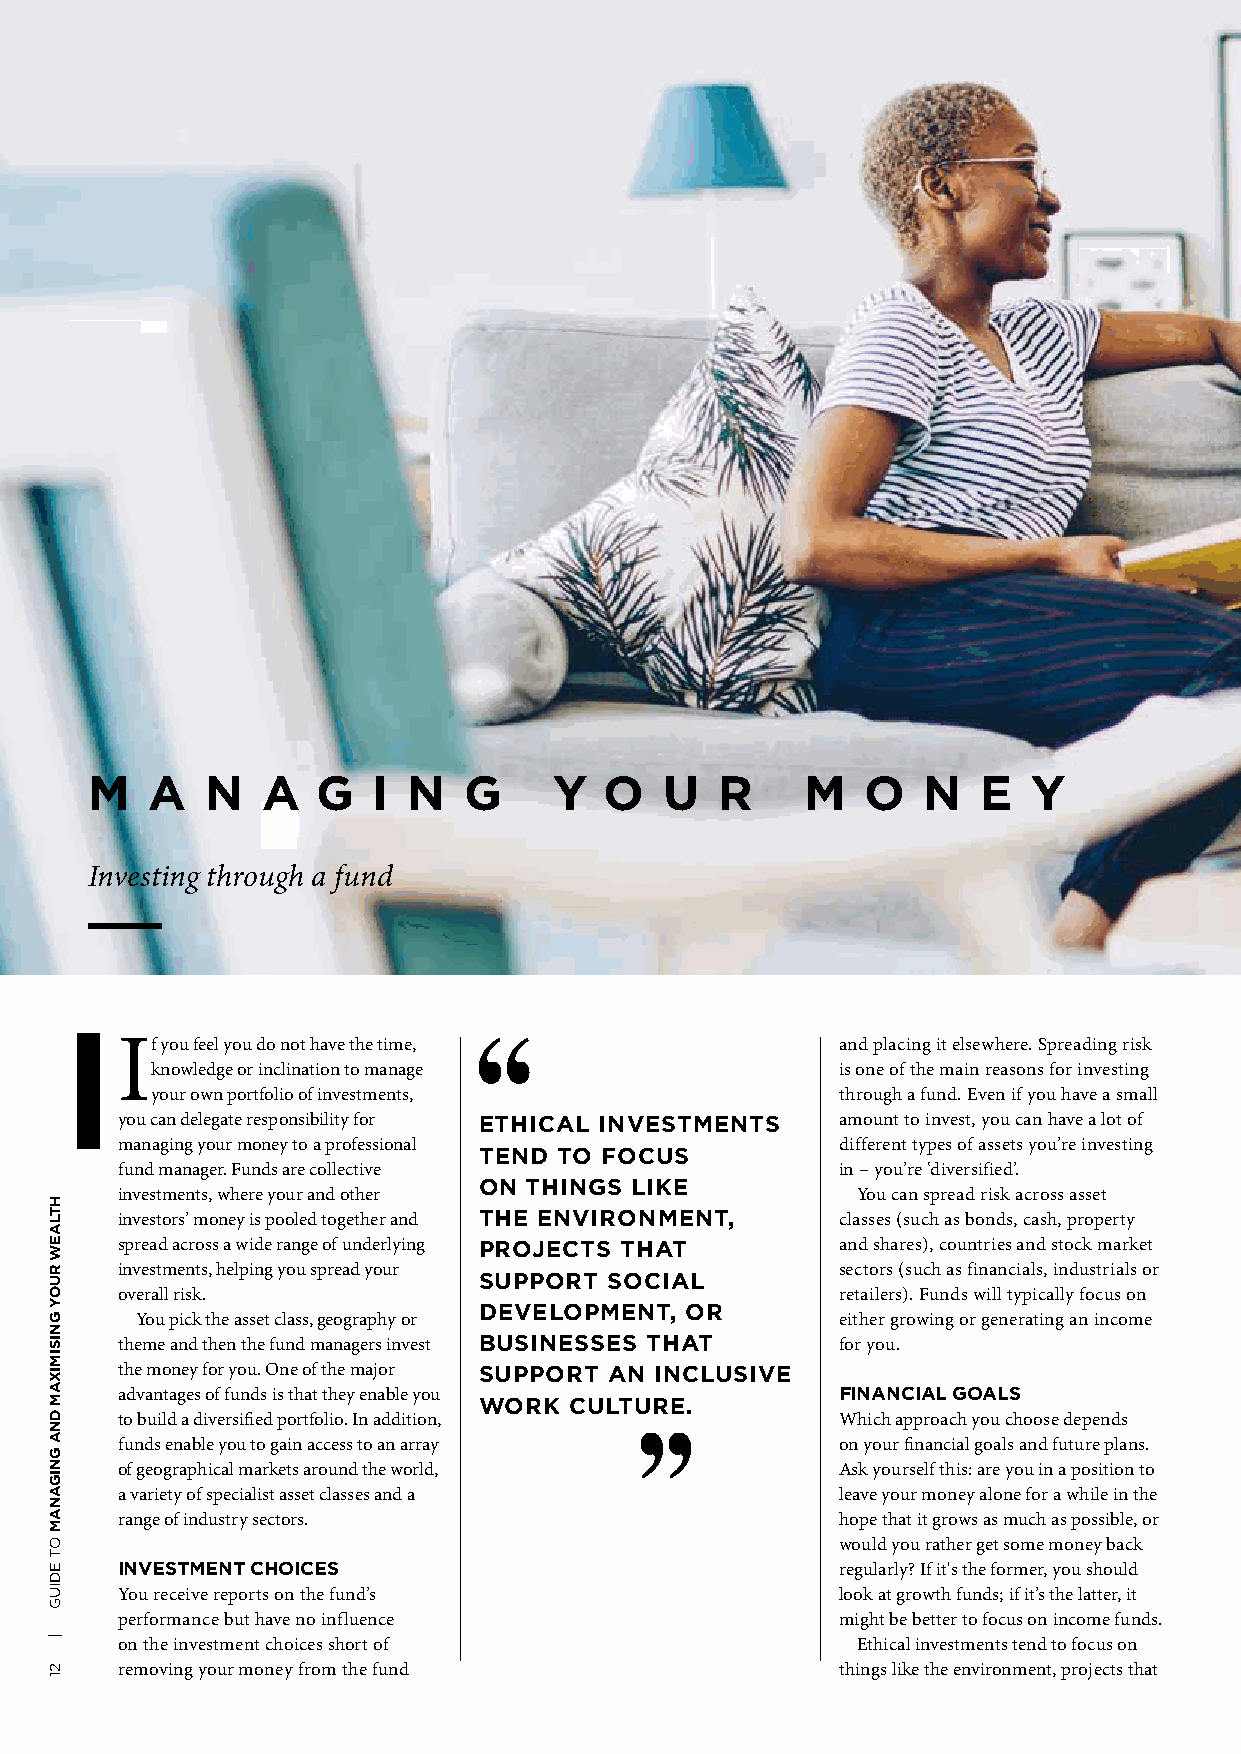
M   A   N  A   G   I N   G     Y  O   U  R     M   O   N   E  Y
 Investing through a fund
 If you feel you do not have the time,          and placing it elsewhere. Spreading risk
 knowledge or inclination to manage           is one of the main reasons for investing
 your own portfolio of investments,           through a fund. Even if you have a small
 you can delegate responsibility for ETHICAL INVESTMENTS amount to invest, you can have a lot of
 managing your money to a professional          different types of assets you’re investing
 TEND TO FOCUS
 fund manager. Funds are collective             in – you’re ‘diversified’.
 ON THINGS LIKE
 investments, where your and other                You can spread risk across asset
 investors’ money is pooled together and THE ENVIRONMENT, classes (such as bonds, cash, property
 spread across a wide range of underlying PROJECTS THAT and shares), countries and stock market
 investments, helping you spread your           sectors (such as financials, industrials or SUPPORT SOCIAL
 overall risk.                                  retailers). Funds will typically focus on
 DEVELOPMENT, OR
 You pick the asset class, geography or        either growing or generating an income
 theme and then the fund managers invest BUSINESSES THAT for you.
 the money for you. One of the major SUPPORT AN INCLUSIVE
 advantages of funds is that they enable you    FINANCIAL GOALS
 WORK  CULTURE.
 to build a diversified portfolio. In addition, Which approach you choose depends
 funds enable you to gain access to an array    on your financial goals and future plans.
 of geographical markets around the world,      Ask yourself this: are you in a position to
 a variety of specialist asset classes and a    leave your money alone for a while in the
 range of industry sectors.                     hope that it grows as much as possible, or
 would you rather get some money back
 INVESTMENT CHOICES                             regularly? If it's the former, you should
 You receive reports on the fund’s              look at growth funds; if it’s the latter, it
 performance but have no influence              might be better to focus on income funds.
 on the investment choices short of               Ethical investments tend to focus on
 removing your money from the fund              things like the environment, projects that
 HTLAEW
 RUOY
 GNISIMIXAM
 DNA
 GNIGANAM
 OT
 EDIUG
 |
 21